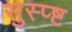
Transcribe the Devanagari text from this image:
सुस्प्ष्ट